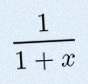
\frac{1}{1+x}